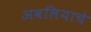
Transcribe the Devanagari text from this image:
अवलियाचे